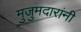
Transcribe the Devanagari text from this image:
मुजुमदारांनी